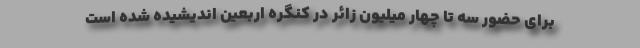
برای حضور سه تا چهار میلیون زائر در کنگره اربعین اندیشیده شده است